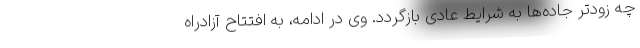
چه زودتر جاده‌ها به شرایط عادی بازگردد. وی در ادامه، به افتتاح آزادراه